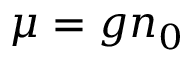
\mu = g n _ { 0 }